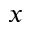
x